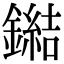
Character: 鐑